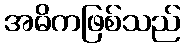
အဓိကဖြစ်သည်